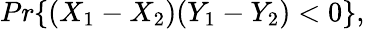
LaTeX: Pr\{ (X_{1}-X_{2})(Y_{1}-Y_{2})<0\} ,